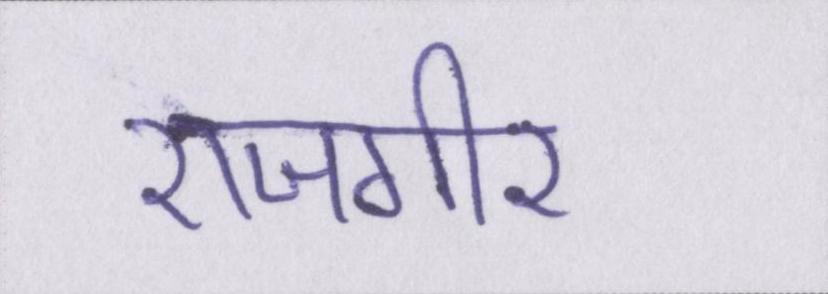
राजगीर